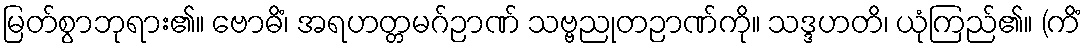
မြတ်စွာဘုရား၏။ ဗောဓိံ၊ အရဟတ္တမဂ်ဉာဏ် သဗ္ဗညုတဉာဏ်ကို။ သဒ္ဒဟတိ၊ ယုံကြည်၏။ (ကိံ